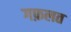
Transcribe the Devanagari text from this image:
गफ़लत